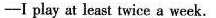
-I play at least twice a week.